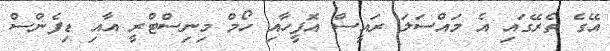
އޭގެ ތެރޭގައި އެ މައްސަލަ ރައީސް އޮފީހާއި ހޯމް މިނިސްޓްރީ އާއި ޑިފެންސް